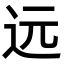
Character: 远